Civil Veterinary Department Bihar reports 1940-50 - 1940-1950
Year: 1940
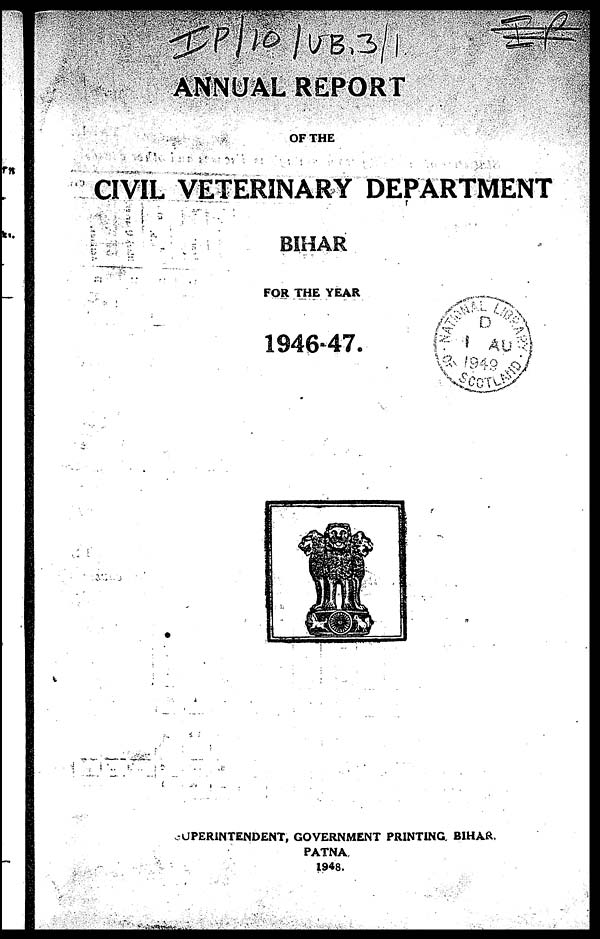
ANNUAL REPORT
OF THE
CIVIL VETERINARY DEPARTMENT
BIHAR
FOR THE YEAR
1946-47.
SUPERINTENDENT, GOVERNMENT PRINTING BIHAR.
PATNA
1948.